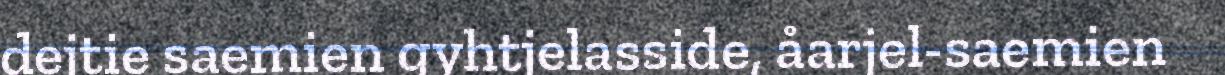
dejtie saemien gyhtjelasside, åarjel-saemien